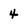
Character: 4